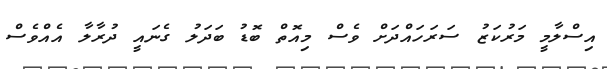
އިސްލާމީ މަރުކަޒު ސަރަހައްދަށް ވެސް މިއޮތް ބޮޑު ބަދަލު ގެނައީ ދުރާލާ އެއްވެސް